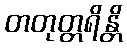
တတုတ္တရိန္တိ